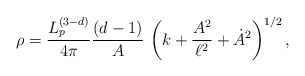
\begin{align*}\rho = \frac{L_p^{(3-d)}}{4\pi} \frac{(d-1)}{A}\,\left(k+\frac{A^2}{\ell^2} +\dot{A}^2 \right)^{1/2},\end{align*}